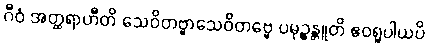
ဂီဝံ အတ္ထရာဟီတိ သေဝိတဗ္ဗာသေဝိတဗ္ဗေ ပမုဉ္စန္တူတိ ဧဝရူပါယပိ